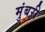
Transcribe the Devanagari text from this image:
मुंबरी